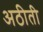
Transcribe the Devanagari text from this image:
अठीती